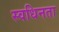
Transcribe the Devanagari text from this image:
स्वधिनता